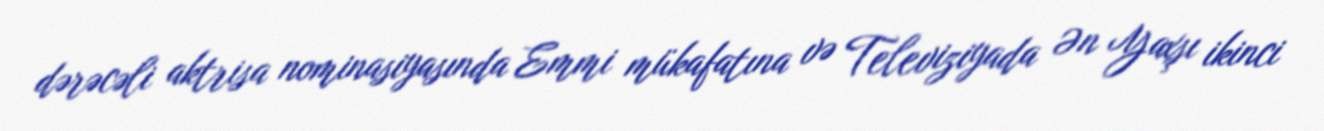
dərəcəli aktrisa nominasiyasında Emmi mükafatına və Televiziyada Ən Yaxşı ikinci